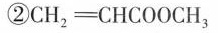
② CH_{2} \xlongequal[]{} CHCOOCH_{3}